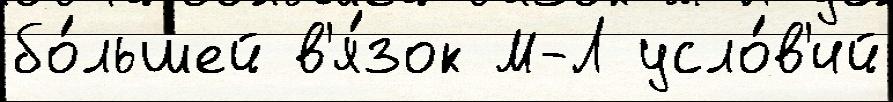
бо́льшей в'я́зок М-Л усло́в'ий